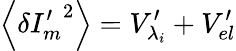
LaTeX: \left\langle\delta{{I}_{m}^{\prime}}^{2}\right\rangle={{V}_{{\lambda_{i}}}^{\prime}}+{{V}_{el}^{\prime}}